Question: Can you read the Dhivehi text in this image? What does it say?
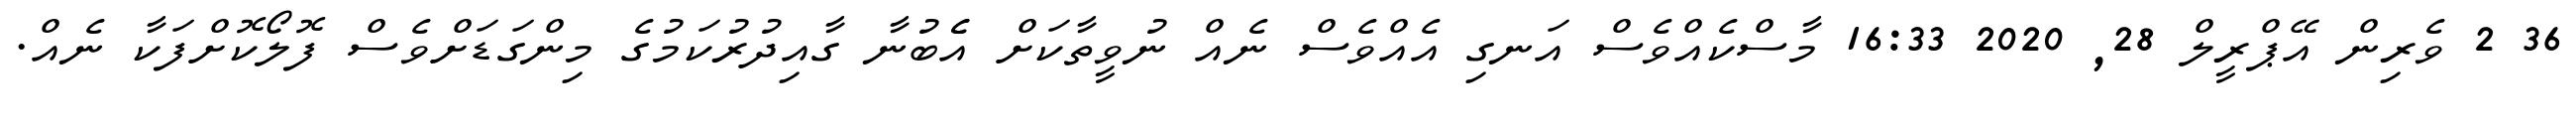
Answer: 36 2 ވެރިން އޭޕްރީލް 28, 2020 16:33 މާސްކެއްވެސް އަނގި އެއްވެސް ނެއް ނުވީތާކަށް އެެބުނާ ގާއިދުރުކަމުގެ މިންގަޑަށްވެސް ފޮލޯކޮށްފަކާ ނެއް.